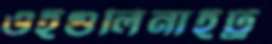
ওইগুলিনাইট্র